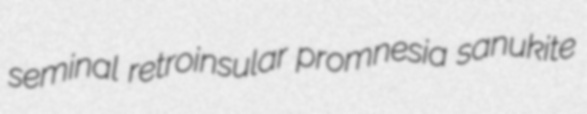
seminal retroinsular promnesia sanukite